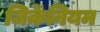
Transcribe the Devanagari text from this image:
जिर्केनियम